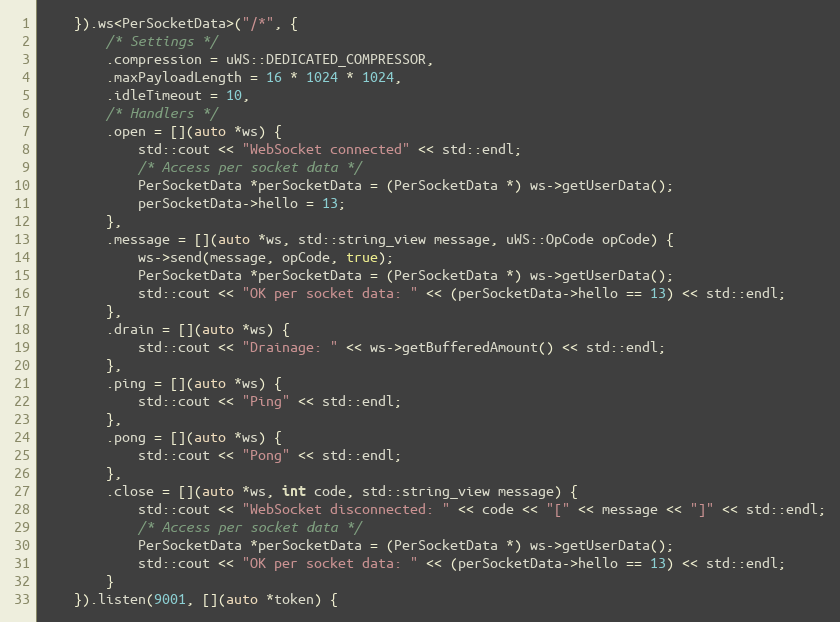
Language: C++
    }).ws<PerSocketData>("/*", {
        /* Settings */
        .compression = uWS::DEDICATED_COMPRESSOR,
        .maxPayloadLength = 16 * 1024 * 1024,
        .idleTimeout = 10,
        /* Handlers */
        .open = [](auto *ws) {
            std::cout << "WebSocket connected" << std::endl;
            /* Access per socket data */
            PerSocketData *perSocketData = (PerSocketData *) ws->getUserData();
            perSocketData->hello = 13;
        },
        .message = [](auto *ws, std::string_view message, uWS::OpCode opCode) {
            ws->send(message, opCode, true);
            PerSocketData *perSocketData = (PerSocketData *) ws->getUserData();
            std::cout << "OK per socket data: " << (perSocketData->hello == 13) << std::endl;
        },
        .drain = [](auto *ws) {
            std::cout << "Drainage: " << ws->getBufferedAmount() << std::endl;
        },
        .ping = [](auto *ws) {
            std::cout << "Ping" << std::endl;
        },
        .pong = [](auto *ws) {
            std::cout << "Pong" << std::endl;
        },
        .close = [](auto *ws, int code, std::string_view message) {
            std::cout << "WebSocket disconnected: " << code << "[" << message << "]" << std::endl;
            /* Access per socket data */
            PerSocketData *perSocketData = (PerSocketData *) ws->getUserData();
            std::cout << "OK per socket data: " << (perSocketData->hello == 13) << std::endl;
        }
    }).listen(9001, [](auto *token) {